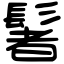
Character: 䰇